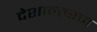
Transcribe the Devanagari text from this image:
देशान्तरण